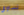
تساوي